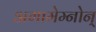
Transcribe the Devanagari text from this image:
अगामेम्नोन्